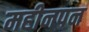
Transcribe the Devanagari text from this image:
महीनपन